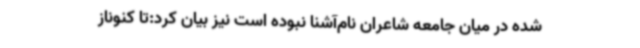
شده در میان جامعه شاعران نام‌آشنا نبوده است نیز بیان کرد:تا کنوناز